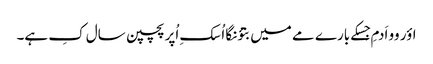
اؤر وو اَدمِ جِسکے بارے مے میں بتؤنگا اُسکِ اُپر پچپن سال کِ ہے۔